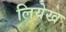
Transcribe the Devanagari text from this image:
लियेख